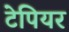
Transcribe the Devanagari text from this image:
टेपियर